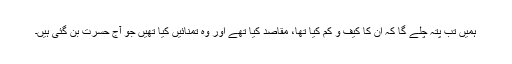
ہمیں تب پتہ چلے گا کہ ان کا کیف و کم کیا تھا، مقاصد کیا تھے اور وہ تمنائیں کیا تھیں جو آج حسرت بن گئی ہیں۔